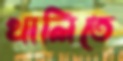
থালিতে